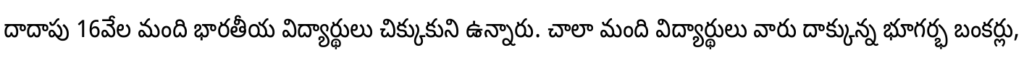
దాదాపు 16వేల మంది భారతీయ విద్యార్థులు చిక్కుకుని ఉన్నారు. చాలా మంది విద్యార్థులు వారు దాక్కున్న భూగర్భ బంకర్లు,